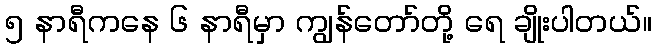
၅ နာရီကနေ ၆ နာရီမှာ ကျွန်တော်တို့ ရေ ချိုးပါတယ်။